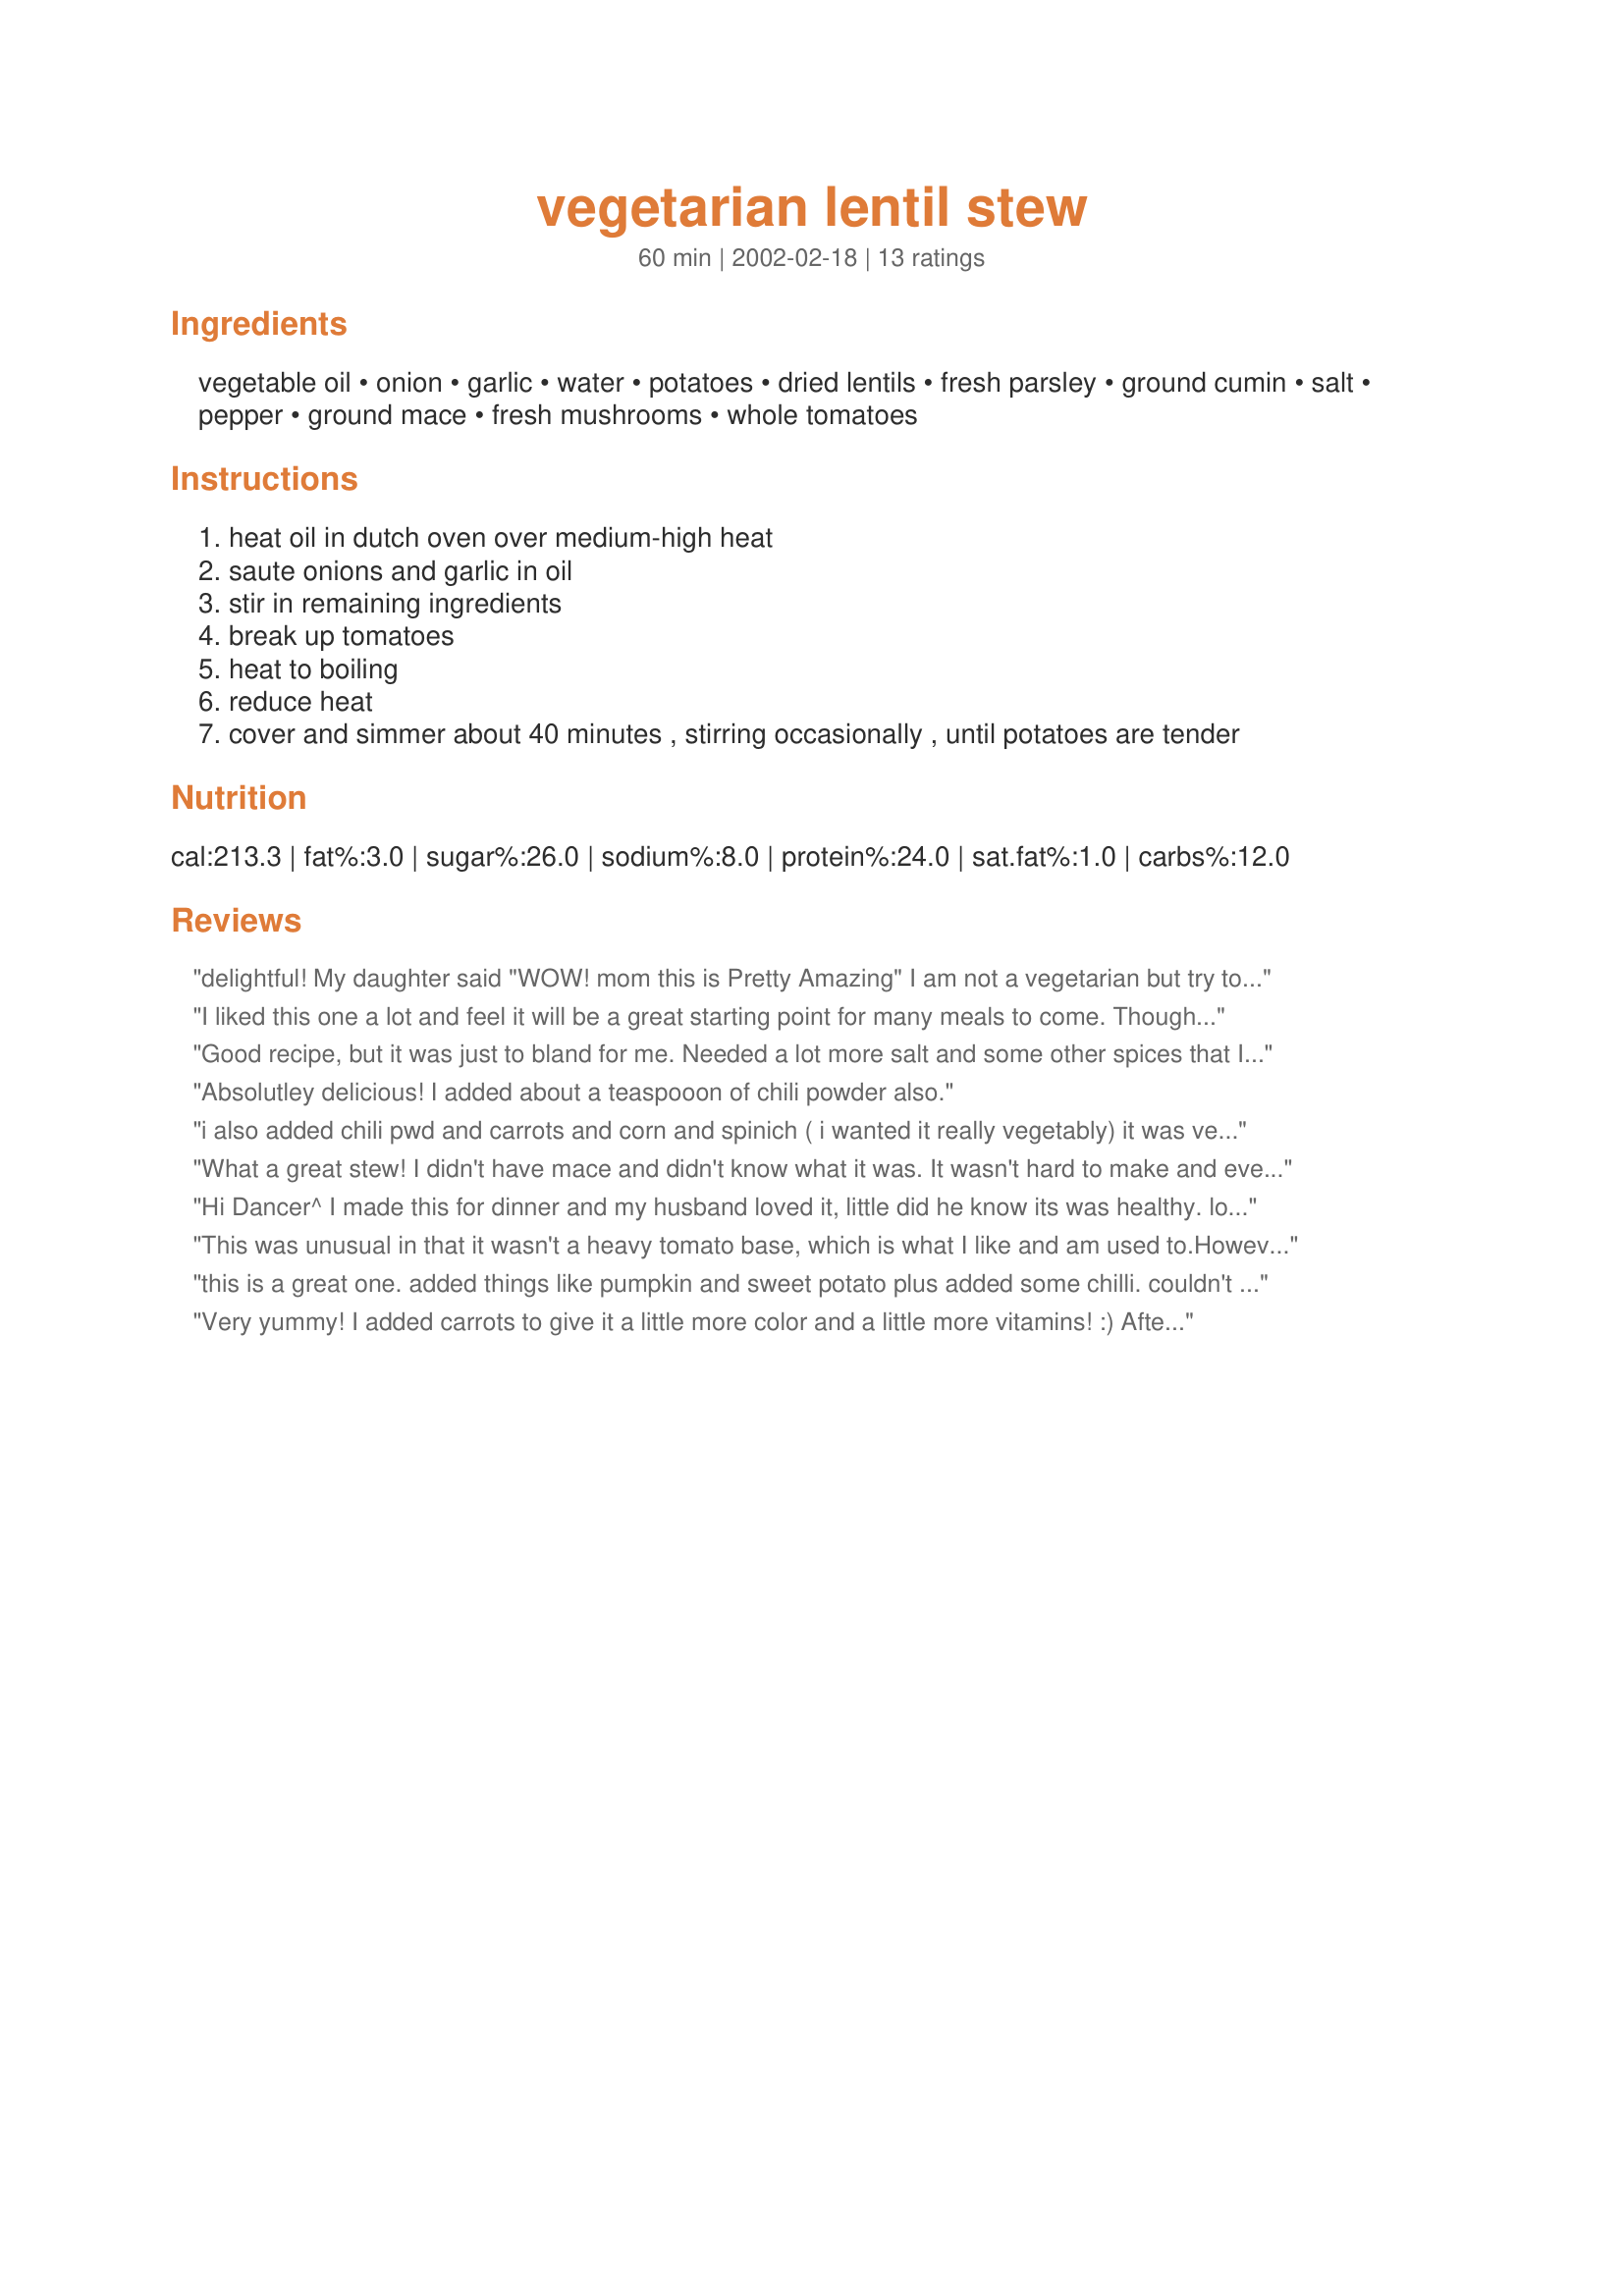
vegetarian lentil stew
Preparation time: 60 minutes

Ingredients:
vegetable oil, onion, garlic, water, potatoes, dried lentils, fresh parsley, ground cumin, salt, pepper, ground mace, fresh mushrooms, whole tomatoes

Steps:
heat oil in dutch oven over medium-high heat
saute onions and garlic in oil
stir in remaining ingredients
break up tomatoes
heat to boiling
reduce heat
cover and simmer about 40 minutes , stirring occasionally , until potatoes are tender

Reviews:
delightful! My daughter said "WOW! mom this is Pretty Amazing" I am not a vegetarian but try to cook accordingly for her. I did not have mushrooms unfortunately, and added 2c each of carrot and squash. As well we like spicyish so i more than doubled the mace and cumin, and added 2t blackened seasoning. after slowly simmering it most of the day,I thickened it a bit with some cornstarch because I had also made beef stew for the rest of the family. Though, they (and I)would have been very content with your recipe. It was a hit and I will make it again! Thank you for your recipe. PS you have a few others I will be trying!
I liked this one a lot and feel it will be a great starting point for many meals to come. Though I am a lentil lover, the highlight of this dish for me were the the meaty mushrooms. Next time I will probably add the potatoes a bit later as they were a little mushy by the time the lentils were tender. Additional seasoning would also add a stronger dimension. Thanks.
Good recipe, but it was just to bland for me. Needed a lot more salt and some other spices that I just couldn't get put my finger on. The carrots and other veggies are definately a good idea. It was simple to throw together though - with things I usually have around the house which is surely a plus.
Absolutley delicious! I added about a teaspooon of chili powder also.
i also added chili pwd and carrots and corn and spinich ( i wanted it really vegetably) it was very good but lacked a little flavor i added more of the spices and it definatley needed more tomatoes so i mixed some salsa into my portion wich was then delicious. i served it with vegan stove-top cornbread recipe #189099 and the two complimented each other perfectly both better together than seperate. it was a hit though and i did serve it the next day as others have recommended. thanks for a great recipe
What a great stew! I didn't have mace and didn't know what it was. It wasn't hard to make and everyone loved it! Thanks for posting this recipe!
Hi Dancer^ I made this for dinner and my husband loved it, little did he know its was healthy. lol
The smell just filled the house..grate recipe thanks.
This was unusual in that it wasn't a heavy tomato base, which is what I like and am used to.However, I had 3 bowls and it was delicious, almost "rustic" and, as usual, tasted even better the next day. I served this with a loaf of Tuscan bread and spinach salad. Perfect!
this is a great one. added things like pumpkin and sweet potato plus added some chilli. couldn't get mace but used nutmeg as it is like but not as pungent. very easy and nice.
Very yummy! I added carrots to give it a little more color and a little more vitamins! :) After I made it the first time, I noticed it tasted better the second day. So, this time, I made it in the morning and let the flavors mingle all day. Yummy!
Great hearty meal! I did make a couple of changes. I used 1 cup of water and 2 cups of vegetable broth. I used more like 1.5 cups of lentils. I added 2 diced carrots and 1 diced parsnip. VERY tasty, hearty and was gobbled up by the vegetarians and non-veg. in the family! THIS IS A KEEPER!
the best veggie stew ever. i used sliced cremini mushrooms and i added 2 carrots cut into coins and about a cup of chopped celery. i also added dumplings at the end. amazing!
This is real comfort food. Didn't have mace, never cooked with it before, so I improvised threw in turmeric, chilli powder and ginger as well the cumin. Also added green beans for a bit of colour. Will definitely cook again.
